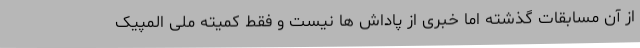
از آن مسابقات گذشته اما خبری از پاداش ها نیست و فقط کمیته ملی المپیک